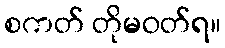
စကတ် တိုမဝတ်ရ။